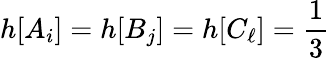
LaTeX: h[A_{i}]=h[B_{j}]=h[C_{\ell}]=\frac{1}{3}